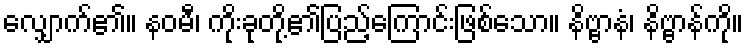
လျှောက်၏။ နဝမီ၊ ကိုးခုတို့၏ပြည့်ကြောင်းဖြစ်သော။ နိဗ္ဗာနံ၊ နိဗ္ဗာန်ကို။